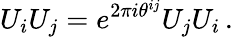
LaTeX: U_{i}U_{j}=e^{2\pi i\theta^{ij}}U_{j}U_{i}\, .